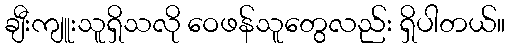
ချီးကျူးသူရှိသလို ဝေဖန်သူတွေလည်း ရှိပါတယ်။